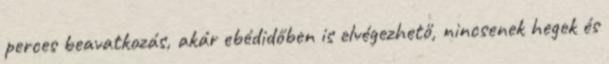
perces beavatkozás, akár ebédidőben is elvégezhető, nincsenek hegek és